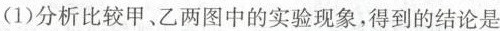
(1)分析比较甲、乙两图中的实验现象，得到的结论是